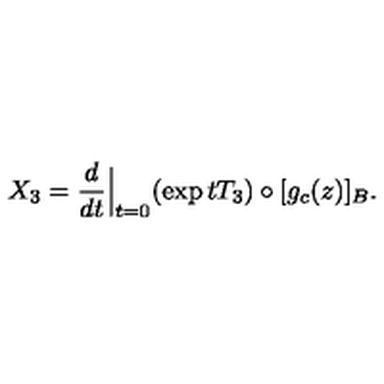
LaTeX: X _ { 3 } = \frac { d } { d t } { \Big \vert } _ { t = 0 } ( \exp t T _ { 3 } ) \circ [ g _ { c } ( z ) ] _ { B } .